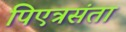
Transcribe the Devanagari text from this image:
पिएत्रसंता